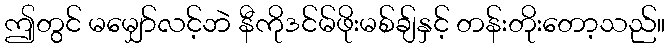
ဤတွင် မမျှော်လင့်ဘဲ နီကိုဒင်မ်ဖိုးမစ်ချ်နှင့် တန်းတိုးတော့သည်။